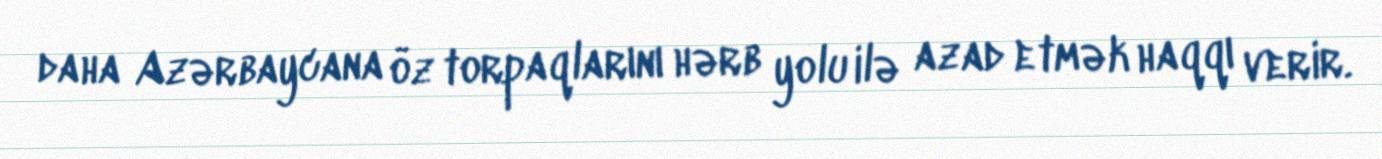
daha Azərbaycana öz torpaqlarını hərb yolu ilə azad etmək haqqı verir.